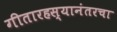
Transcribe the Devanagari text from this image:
गीतारहस्यानंतरचा